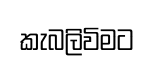
කැබලිවිමට